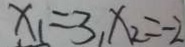
x _ { 1 } = 3 _ { 1 } x _ { 2 } = - 2